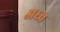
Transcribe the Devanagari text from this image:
अध्व